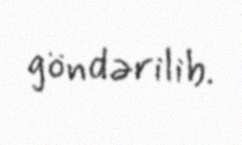
göndərilib.